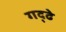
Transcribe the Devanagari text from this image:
गद्ढे